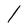
Character: l